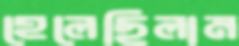
হেলেছিলাম